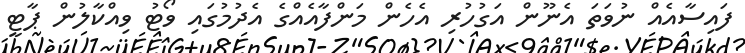
ފައިސާއެއް ނުވަތަ އެނޫން އަގުހުރި އެހެން މަންފާއެއްގެ އެދުމުގައި ވޯޓު ވިއްކާލުން ޕާޓީ